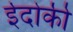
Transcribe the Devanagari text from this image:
ईदोकी